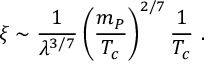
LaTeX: \xi \sim \frac { 1 } { \lambda ^ { 3 / 7 } } \left( { \frac { m _ { P } } { T _ { c } } } \right) ^ { 2 / 7 } { \frac { 1 } { T _ { c } } } ~ .